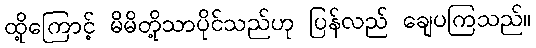
ထို့ကြောင့် မိမိတို့သာပိုင်သည်ဟု ပြန်လည် ချေပကြသည်။